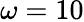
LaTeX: \omega=10